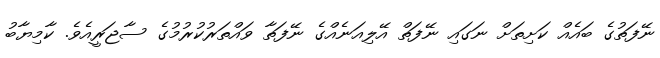
ނޭފަތުގެ ބައެއް ކަށިތަށް ނަގައި ނޭފަތް އޭލިއަނެއްގެ ނޭފަތާ ވައްތަރުކުރުމުގެ ސާޖަރީއެވެ. ކާމިޔާބު